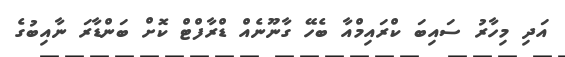
އަދި މިހާރު ސައިބަ ކްރައިމްއާ ބެހޭ ގާނޫނެއް ޑްރާފްޓް ކޮށް ބަންޑާރަ ނާއިބުގެ